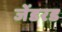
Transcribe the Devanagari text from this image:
जेंडरड